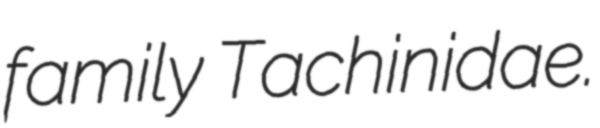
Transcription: family Tachinidae.